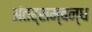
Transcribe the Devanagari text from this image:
अंतर्सम्बन्ध